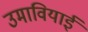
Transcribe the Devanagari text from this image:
उमावियाई